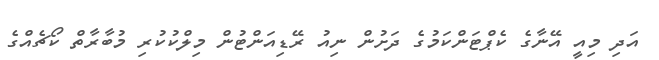
އަދި މިއީ އޭނާގެ ކެޕްޓަންކަމުގެ ދަށުން ނިއު ރޭޑިއަންޓުން މިލްކުކުރި މުބާރާތް ކޯޗެއްގެ